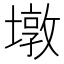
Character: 墩